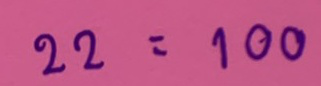
22 = 100